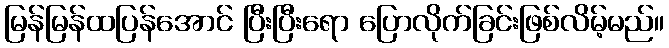
မြန်မြန်ထပြန်အောင် ပြီးပြီးရော ပြောလိုက်ခြင်းဖြစ်လိမ့်မည်။